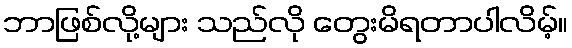
ဘာဖြစ်လို့များ သည်လို တွေးမိရတာပါလိမ့်။